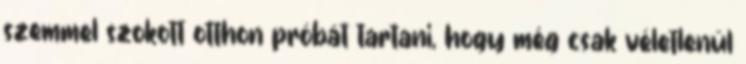
szemmel szokott otthon próbát tartani, hogy még csak véletlenül